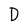
Character: D